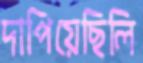
দাপিয়েছিলি